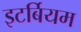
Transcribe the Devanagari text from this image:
इटर्बियम